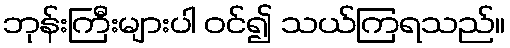
ဘုန်းကြီးများပါ ဝင်၍ သယ်ကြရသည်။